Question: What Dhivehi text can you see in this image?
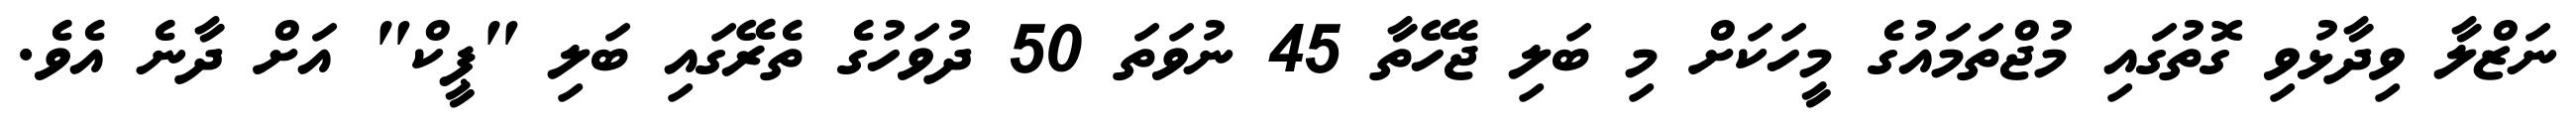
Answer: ނަޒްލާ ވިދާޅުވި ގޮތުގައި މުޖްތަމައުގެ މީހަކަށް މި ބަލި ޖެހޭތާ 45 ނުވަތަ 50 ދުވަހުގެ ތެރޭގައި ބަލި "ޕީކް" އަށް ދާނެ އެވެ.